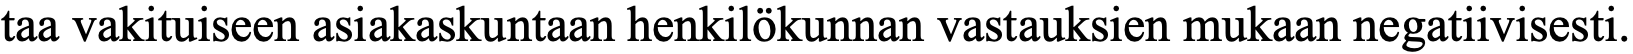
taa vakituiseen asiakaskuntaan henkilökunnan vastauksien mukaan negatiivisesti.